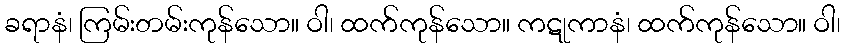
ခရာနံ၊ ကြမ်းတမ်းကုန်သော။ ဝါ၊ ထက်ကုန်သော။ ကဋုကာနံ၊ ထက်ကုန်သော။ ဝါ၊